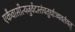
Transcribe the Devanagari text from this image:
एकैवासीत्यजुर्वेदस्तंचतुर्धाःव्यवर्तयत्